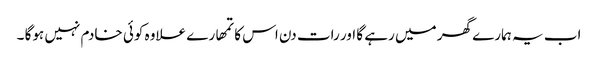
اب یہ ہمارے گھر میں رہے گا اور رات دن اس کا تمھارے علاوہ کوئی خادم نہیں ہوگا ۔